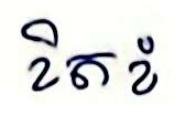
ខិតខំ